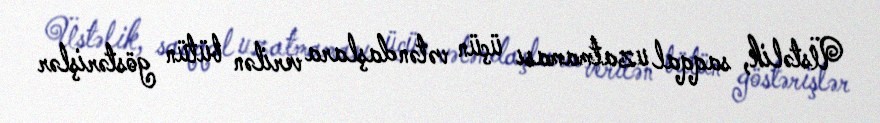
Üstəlik, saqqal uzatmaması üçün vətəndaşlara verilən bütün göstərişlər